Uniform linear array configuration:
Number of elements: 48
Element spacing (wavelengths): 0.75
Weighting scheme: cosine
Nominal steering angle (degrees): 15
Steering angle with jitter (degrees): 16.346
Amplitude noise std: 0.05
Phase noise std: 0.05

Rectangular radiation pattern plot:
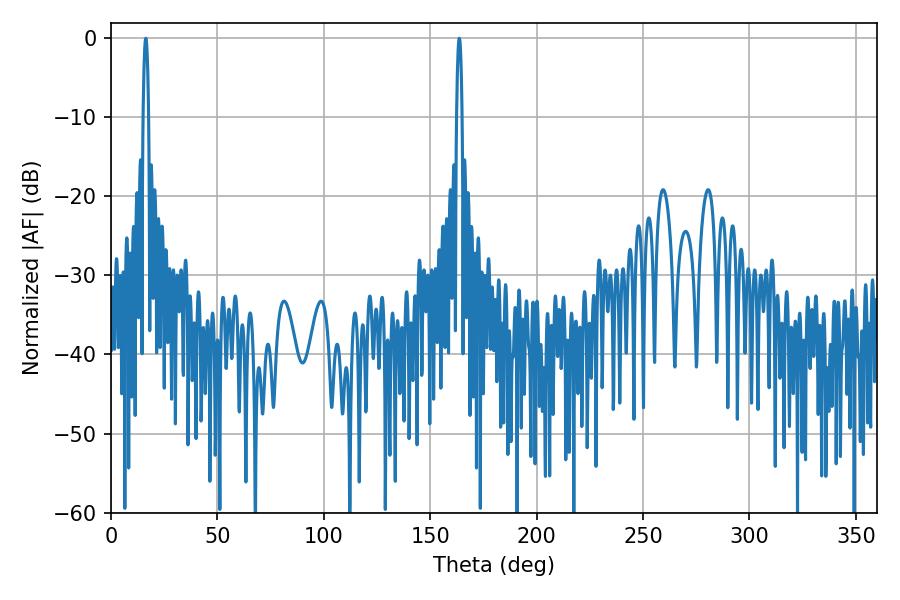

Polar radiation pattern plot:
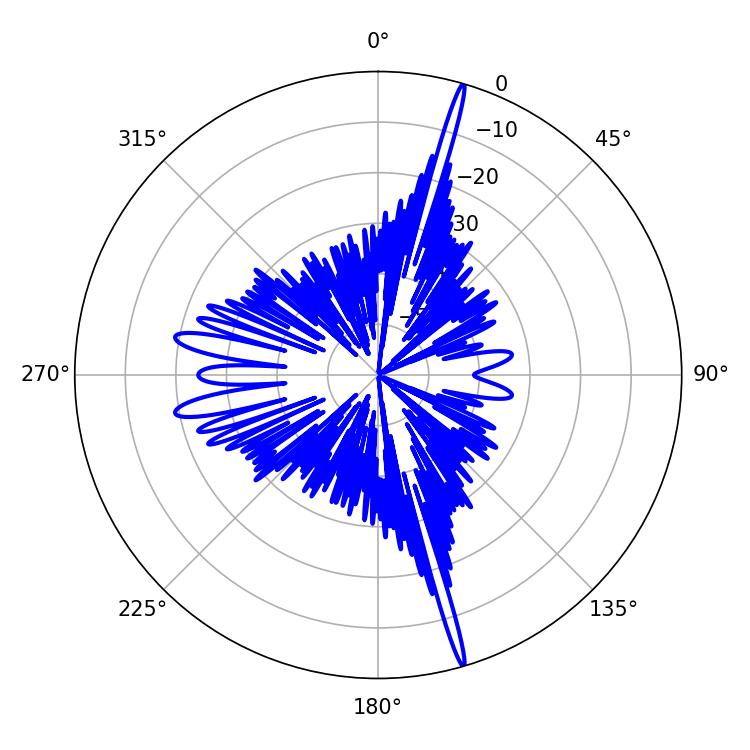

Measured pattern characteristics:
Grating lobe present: TRUE
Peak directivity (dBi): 21.783
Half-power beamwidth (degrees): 1.44
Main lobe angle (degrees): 16.38